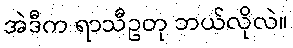
အဲဒီက ရာသီဥတု ဘယ်လိုလဲ။